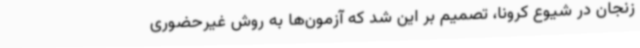
زنجان در شیوع کرونا، تصمیم بر این شد که آزمون‌ها به روش غیرحضوری